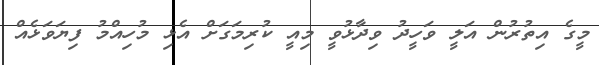
މީގެ އިތުރުން އަލީ ވަހީދު ވިދާޅުވީ މިއީ ކުރިމަގަށް އެޅި މުހިއްމު ފިޔަވަޅެއް